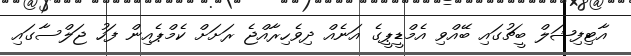
އާޓިފިޝަލް ބީޗުގައި ބޭއްވި އެމްޑީޕީގެ އަނެއް ދިވެހިރާއްޖެ ރަށަށް ކެމްޕެއިން ފަހު ޖަލްސާގައި